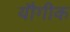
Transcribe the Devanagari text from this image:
यौगीक